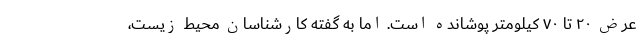
عرض ۲۰ تا ۷۰ کیلومتر پوشانده است. اما به گفته کارشناسان محیط زیست،